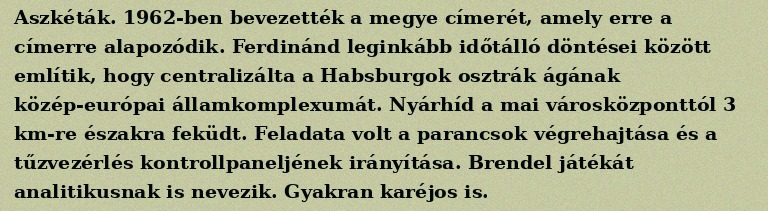
Aszkéták. 1962-ben bevezették a megye címerét, amely erre a címerre alapozódik. Ferdinánd leginkább időtálló döntései között említik, hogy centralizálta a Habsburgok osztrák ágának közép-európai államkomplexumát. Nyárhíd a mai városközponttól 3 km-re északra feküdt. Feladata volt a parancsok végrehajtása és a tűzvezérlés kontrollpaneljének irányítása. Brendel játékát analitikusnak is nevezik. Gyakran karéjos is.